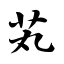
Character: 芄